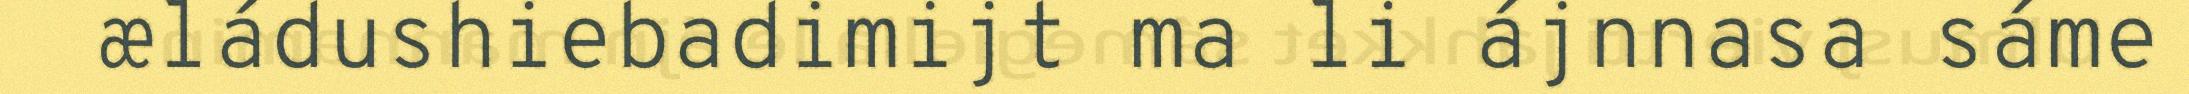
æládushiebadimijt ma li ájnnasa sáme